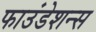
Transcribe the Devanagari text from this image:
फाउंडेशन्स